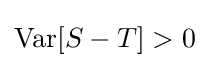
\operatorname {Var} [S-T]>0